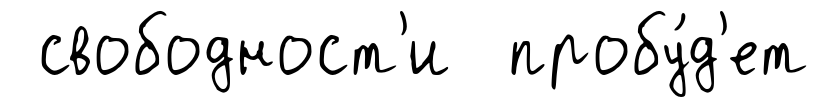
свободност'и пробу́д'ет